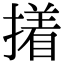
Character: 撯